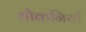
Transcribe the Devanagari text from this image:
धौकनियाँ